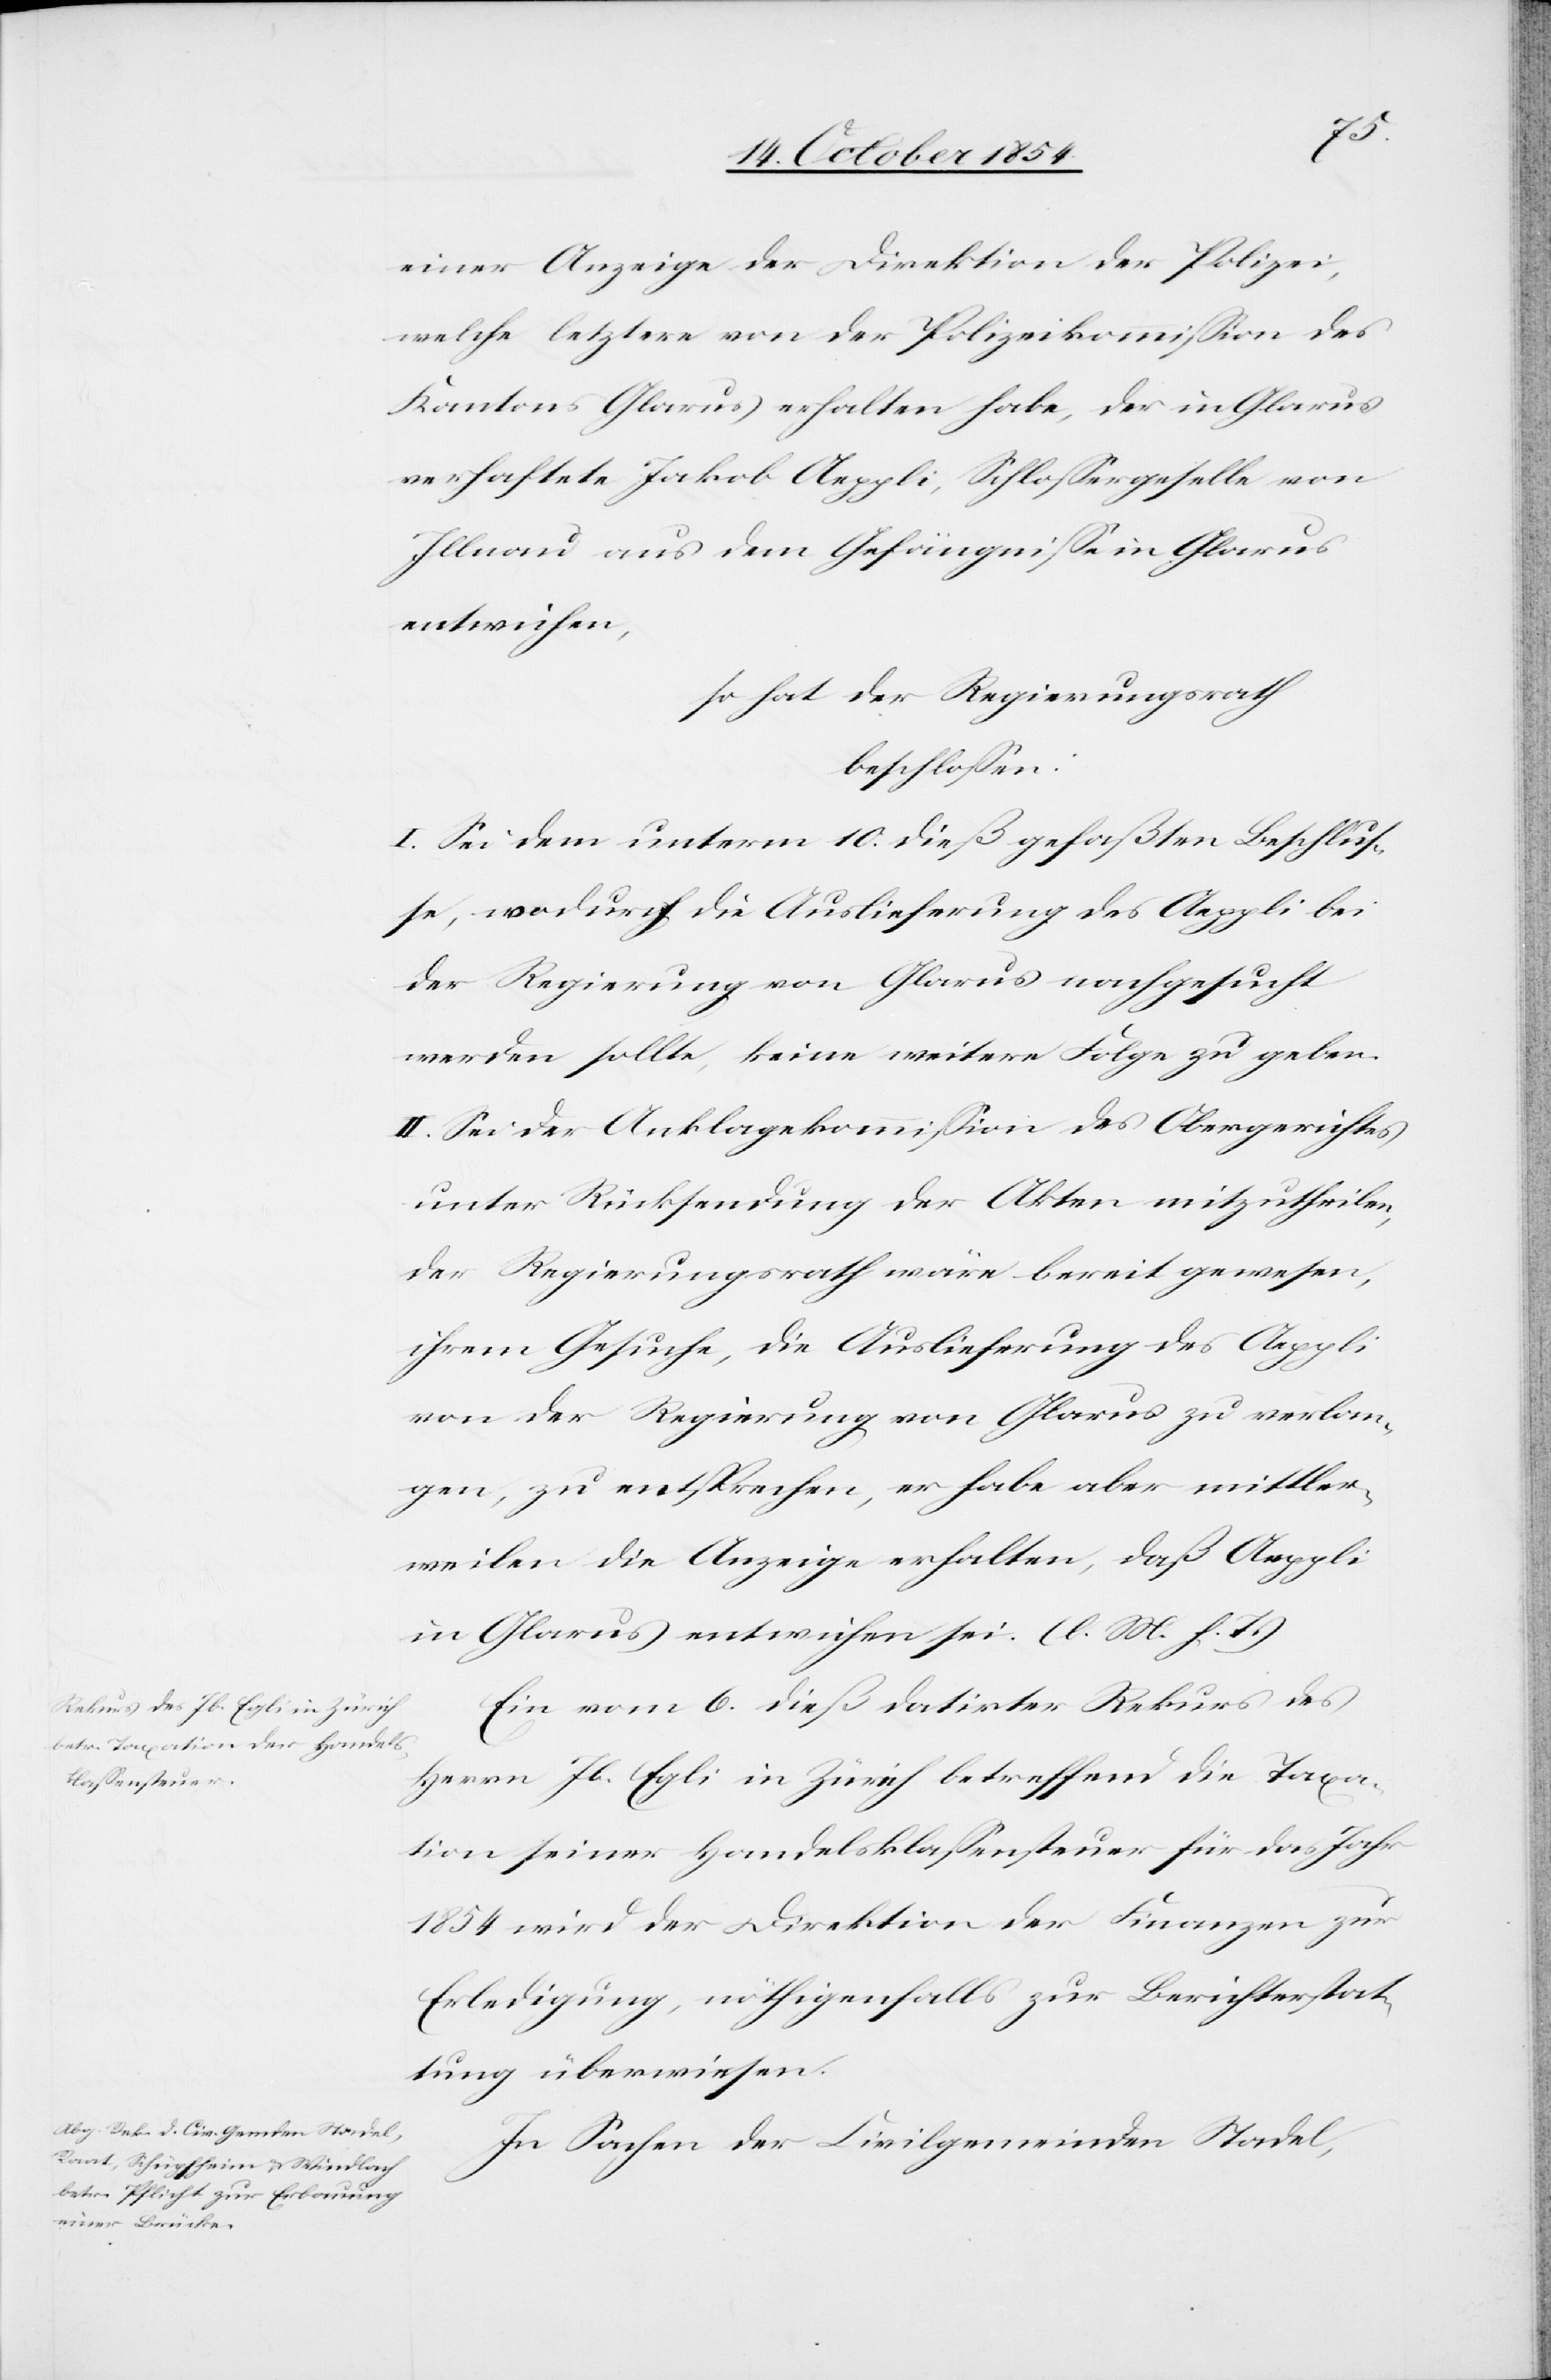
einer Anzeige der Direktion der Polizei,
welche letztere von der Polizeikommißion des
Kantons Glarus erhalten habe, der in Glarus
verhaftete Jakob Aeppli, Schloßergeselle von
Illnau aus dem Gefängniße in Glarus
entwichen,
so hat der Regierungsrath
beschloßen:
I. Sei dem unterm 10. dieß gefaßten Beschlus¬
ses, wodurch die Auslieferung des Aeppli bei
der Regierung von Glarus nachgesucht
werden sollte, keine weitere Folge zu geben.
II. Sei der Anklagekommißion des Obergerichtes
unter Rücksendung der Akten mitzutheilen,
der Regierungsrath wäre bereits gewesen,
ihrem Gesuche, die Auslieferung des Aeppli
von der Regierung von Glarus zu verlan¬
gen, zu entsprechen, er habe aber mittler¬
weile die Anzeige erhalten, daß Aeppli
in Glarus entwichen sei. (l. M. h. T.)
Ein vom 6. dieß datirter Rekurs des
Herrn Jb. Egli in Zürich betreffend die Taxa¬
tion seiner Handelsklaßensteuer für das Jahr
1854 wird der Direktion der Finanzen zur
Erledigung, nöthigenfalls zur Berichterstat¬
tung überwiesen.
In Sachen der Civilgemeinden Stadel,